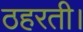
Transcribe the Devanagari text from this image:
ठहरती।